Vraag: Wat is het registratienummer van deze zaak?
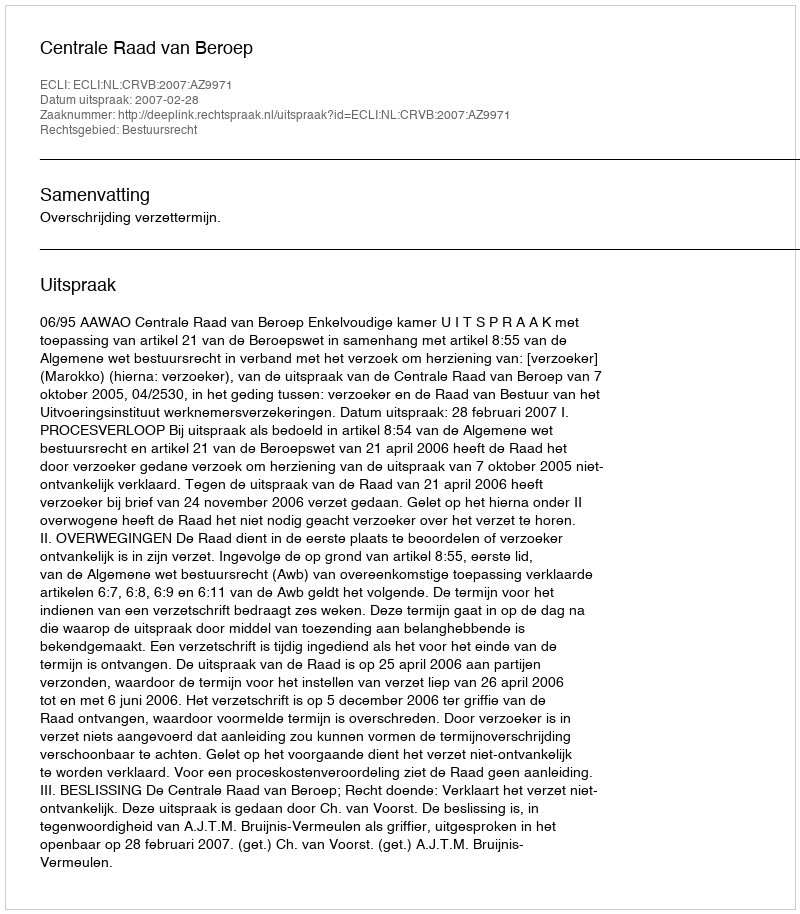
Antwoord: http://deeplink.rechtspraak.nl/uitspraak?id=ECLI:NL:CRVB:2007:AZ9971